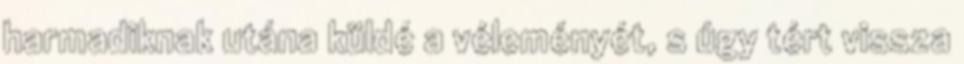
harmadiknak utána küldé a véleményét, s úgy tért vissza